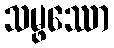
သမ္ဖဿော